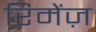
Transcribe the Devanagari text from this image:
रिमेंज़